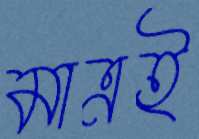
মাত্রই